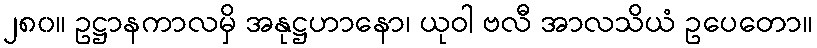
၂၈၀။ ဥဋ္ဌာနကာလမှိ အနုဋ္ဌဟာနော၊ ယုဝါ ဗလီ အာလသိယံ ဥပေတော။